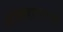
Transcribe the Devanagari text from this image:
नीतिरत्नावली